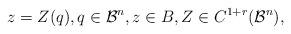
LaTeX: \begin{align*} z = Z(q), q \in {\mathcal B}^n, z \in B, Z \in C^{1+r}({\mathcal B}^n),\end{align*}